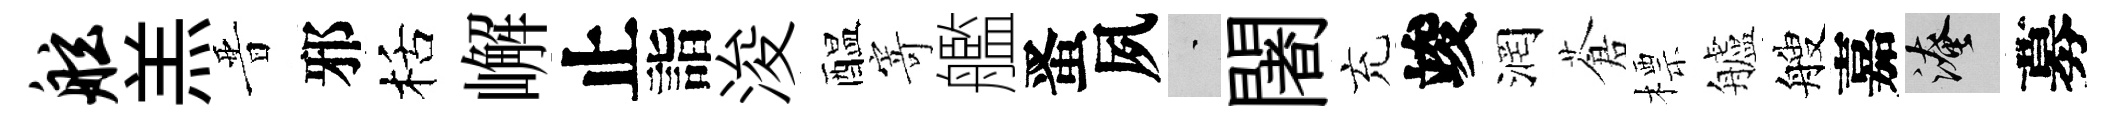
舷羔晋邪栝嶰止詣浚醖寄艦󱉠夙蒙闍充竣润蒼標艫艘嘉淹募